Annual statistical returns and brief notes on vaccination in Bengal - 1887-1898
Year: 1887
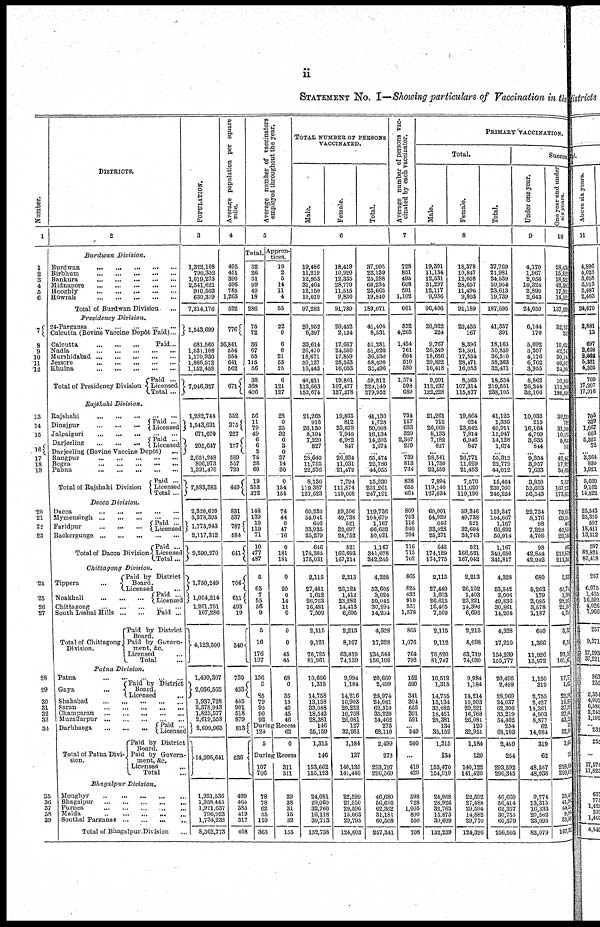
ii
STATEMENT No. I—Showing particulars of Vaccination in the
Number.
1
1
2
3
4
5
6
7
8
9
10
11
12
13
14
15
16
17
18
19
20
21
23
24
25
26
27
28
29
30
31
32
33
34
35
36
37
38
39
DISTRICTS.
2
Burdwan
Division.
Burdwan
...
...
...
...
...
Birbhum
...
...
...
...
...
Bankura ... ... ... ... ...
Midnapore
...
...
...
...
...
Hooghly
...
...
...
...
...
Howrah
...
...
...
...
...
Total of Burdwan Division ...
Presidency
Division.
24-Parganas
...
...
...
...
...
Calcutta (Bovine Vaccine Depôt Paid)...
Calcutta
...
...
...
Paid...
Nadia
...
...
...
...
...
Murshidabad ... ... ... ... ...
Jessore
...
...
...
...
...
Khulna ... ... ... ... ...
Total of Presidency Division
Paid ...
Licensed
Total ...
Rajshahi
Division.
Rajshahi ... ... ... ... ...
Dinajpur
...
...
... Paid ...
Licensed
Jalpaiguri
...
...
...
...
...
Darjeeling
...
...
... Paid ...
Licensed
Darjeeling (Bovine Vaccine Dep6t)
...
Rangpur
...
...
...
...
...
Bogra
...
...
...
...
...
Pabna
...
...
...
...
...
Total of Rajshahi Division
Paid ...
Licensed
Total ...
Dacca
Division.
Dacca
...
...
...
...
...
Mymensingh
...
...
...
...
...
Faridpur ... ... ...
Paid ...
Licensed
Backergunge ... ... ... ... ...
Total of Dacca Division
Paid ...
Licensed
Total...
Chittagong
Division.
Tippera
...
Paid by District
Board.
Licensed
...
Noakhali ... ... ...
Paid ...
Licensed
Chittagong
...
...
...
...
...
South Lushai Hills
...
...
Total of Chittagong
Division.
Paid ...
Paid by District
Board.
Paid by Govern-
ment, &c.
Licensed ...
Total ...
Patna Division.
Patna ... ... ... ... ...
Gaya
...
Paid by District
Board.
Licensed ...
Shahabad
...
...
...
...
...
Saran
...
...
...
...
...
Champaran
...
...
...
...
...
Muzaffarpur
...
...
...
...
...
Darbhanga
...
...
...
Total of Patna Divi¬
sion.
Paid ...
Licensed
Paid by District
Board.
Paid by Govern-
ment, &c.
Licensed
...
Total ...
Bhagalpur
Division.
Monghyr
...
...
...
...
...
Bhagalpur
...
...
...
...
...
Purnea
...
...
...
...
...
Malda ... ... ... ... ...
Sonthal Parganas
...
...
...
...
Total of Bhagalpur Division ...
POPULATION.
3
1,322,108
790,352
1,019,273
2,541,621
910,503
630,319
7,214,176
1,543,699
681,560
1,531,108
1,170,930
1,866,572
1,152,458
7,946,327
1,282,744
1,543,631
671,670
205,647
2,051,248
806,973
1,321,470
7,883,383
2,320,620
3,378,395
1,773,943
2,117,312
9,590,270
1,750,249
1,004,214
1,261,751
107,286
4,123,500
1,499,307
2,036,565
1,937,728
2,378,943
1,823,577
2,619,558
2,699,963
14,995,641
1,951,536
1,958,445
1,921,637
796,923
1,734,232
8,362,773
Average population per square
mile.
4
495
451
390
496
785
1,263
522
776
36,841
554
554
641
562
67l
552
375
227
177
589
557
720
449
831
537
787
584
64l
706
611
493
19
340
730
433
445
901
518
879
813
636
499
464
385
419
317
408
Average number of vaccinators
employed throughout the year.
5
Total.
52
26
51
99
40
18
286
75
72
36
67
55
115
56
38
363
406
56
11
79
49
6
6
2
75
28
60
19
353
372
148
139
10
119
71
10
477
487
5
65
7
55
56
9
5
16
176
197
136
5
85
79
95
90
92
Appren-
tices.
19
2
5
14
11
4
55
22
0
6
0
21
53
25
6
121
127
28
0
25
32
0
3
0
37
14
30
0
154
154
74
44
0
47
16
0
181
181
0
20
0
14
11
0
0
0
45
45
68
0
35
15
40
45
46
During Recess
124
5
62
0
During Recess
107
706
78
78
62
35
110
363
311
311
39
38
31
15
32
155
TOTAL NUMBER OF PERSONS
VACCINATED.
Male.
Female.
Total.
6
19,486
11,219
12,953
31,464
12,150
10,010
97,282
20,952
6,397
33,614
26,470
18,671
30,127
16,443
40,011
112,663
153,674
21,265
916
26,130
8,191
7,220
827
...
28,640
11,755
22,576
8,136
119,387
127,523
60,230
54,941
646
33,935
25,279
646
174,385
175,031
2,115
27,481
1,612
26,763
16,481
7,509
2,115
9,121
70,725
81,961
10,666
1,315
14,758
13,158
33,088
18,542
28,381
146
35,159
1,315
146
153,662
155,123
24,081
29,060
32,766
16,118
30,713
132,738
18,419
10,920
12,335
28,770
11,515
9,830
91,789
20,452
2,134
17,667
24,550
17,859
28,563
16,053
19,801
107,477
127,278
19,865
812
23,878
7,940
6,982
847
...
26,834
11,031
21,479
7,794
111,874
119,668
59,506
49,738
521
32,697
24,752
521
166,693
167,214
2,213
26,124
1,412
23,282
14,413
6,695
2,213
8,107
63,819
74,139
9,994
1,184
14,216
10,903
29,222
16,768
26,081
127
32,951
1,184
127
140,135
141,446
22,599
27,550
29,596
15,063
29,795
121,603
37,905
22,139
25,288
60,234
23,665
19,840
189,071
41,404
8,531
51,281
51,020
36,530
58,690
32,496
59,812
220,140
279,952
41,130
1,728
50,008
16,134
14,202
1,674
...
55,474
22,786
44,055
15,930
231,261
247,191
119,736
104,679
1,167
66,632
50,031
1,167
341,078
342,245
4,328
53,605
3,024
50,045
30,894
14,204
4,328
17,228
134,544
156,100
20,660
2,499
28,974
24,061
62,310
35,220
54,462
273
68,110
2,499
273
293,797
296,569
46,680
56,610
62,362
31,181
60,508
257,341
Average number of persons vac-
cinated by each vaccinator.
7
728
851
495
608
591
1,102
661
552
4,265
1,424
761
664
510
580
1,574
598
689
734
157
633
329
2,367
279
...
739
813
734
838
655
664
809
753
116
560
704
116
715
702
865
824
432
910
551
1,578
865
1,076
764
792
152
500
341
304
655
391
591
...
549
500
...
419
420
598
728
1,005
890
550
708
PRIMARY VACCINATION.
Total.
Male.
Female.
Total.
8
19,391
11,134
12,531
31,297
12,117
9,936
96,406
20,922
224
9,767
26,349
18,656
29,892
16,418
9,991
112,237
122,228
21,261
712
26,069
8,133
7,182
827
...
28,541
11,750
22,559
7,894
119,140
127,034
60,001
54,929
646
33,928
25,271
646
174,129
174,775
2,115
27,440
1,603
26,615
16,465
7,509
2,115
9,112
70,520
81,747
10,512
1,315
14,755
13,134
33,085
18,451
28,381
134
35,152
1,315
134
153,470
154,919
24,068
28,926
32,763
15,873
30,609
132,239
18,378
10,847
12,008
28,657
11,496
9,803
91,189
20,435
167
8,396
24,501
17,854
28,471
16,053
8,563
107,314
115,877
19,864
624
23,842
7,814
6,946
847
...
26,771
11,029
21,453
7,570
111,620
119,190
59,346
49,738
521
32,694
24,743
521
166,521
167,042
2,213
26,102
1,403
23,221
14,396
6,695
2,213
8,098
63,719
74,030
9,984
1,184
14,214
10,903
29,221
16,768
26,081
120
32,951
1,184
120
140,122
141,426
22,592
27,488
29,594
14,882
29,770
124,326
37,769
21,981
24,539
59,954
23,613
19,739
187,595
41,357
391
18,163
50,850
36,510
58,363
32,471
18,554
219,551
238,105
41,125
1,336
49,911
13,947
14,128
1,674
...
55,312
22,779
44,012
15,464
230,760
246,224
119,347
104,667
1,167
66,622
50,014
1,167
340,650
341,817
4,328
53,542
3,006
49,836
30,861
14,204
4,328
17,210
134,239
155,777
20,496
2,499
28,969
24,037
62,306
35,219
54,462
254
68,103
2,469
254
293,592
296,345
46,660
56,414
62,357
30,755
60,379
256,565
Success
Under one year.
9
4,170
1,967
2,056
10,324
2,890
2,643
24,050
6,144
170
5,692
5,207
4,176
6,762
3,955
5,862
26,244
32,106
10,032
215
16,164
4,709
3,635
844
... 9,354
3,957
7,633
3,850
52,693
56,543
22,734
8,176
98
7,228
4,706
98
42,844
42,942
680
5,263
179
3,085
3,578
1,187
680
1,366
11,926
13,972
1,150
319
2,755
2,427
14,361
4,903
8,877
62
14,084
319
62
48,557
48,938
9,774
13,315
16,333
20,562
23,095
83,079
One year and under
six years.
10
28,43
15,82
18,62
42,38
17,91
14,52
137,69
32,23
20
10,65
42,74
30,14
46,01
24,08
10,85
175,20
186,03
30,21
78
31,76
10,111
5,03
74
42,44
17,92
34,03
5,83
167,23
173,07
70,60
69,54
43
40,83
29,76
45
210,87
211,34
3,33
40,70
1,36
28,93
22,5
4,79
3,30
6,13
92,13
101,6
17,72
1,6
22,92
16,96
37,92
27,6
43,2
13
52,95
1,63
13
218,54
220,6
35,42
41,98
44,53
9,94 35,35
167,35